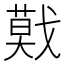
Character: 𢨃